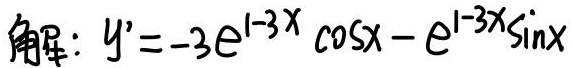
解：$y'=-3e^{1 - 3x}\cos x - e^{1 - 3x}\sin x$